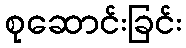
စုဆောင်းခြင်း